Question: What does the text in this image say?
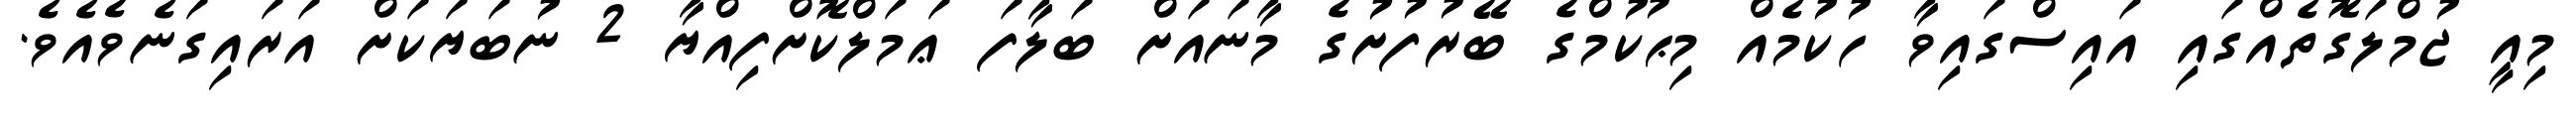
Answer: މިއީ ޖުމްލަގޮތެއްގައި އައިސްގައިވާ ހުކުމެއް މިޙުކުމްގެ ބޭރުފުށުގެ މާނައަށް ބަލާފަ ޢަމަލްކޮށްފިއްޔާ 2 ނުބަޔަކަށް އަރައިގަނެވެއެވެ.